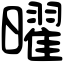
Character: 曜